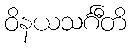
ဝိနယသင်္ဂီတိ